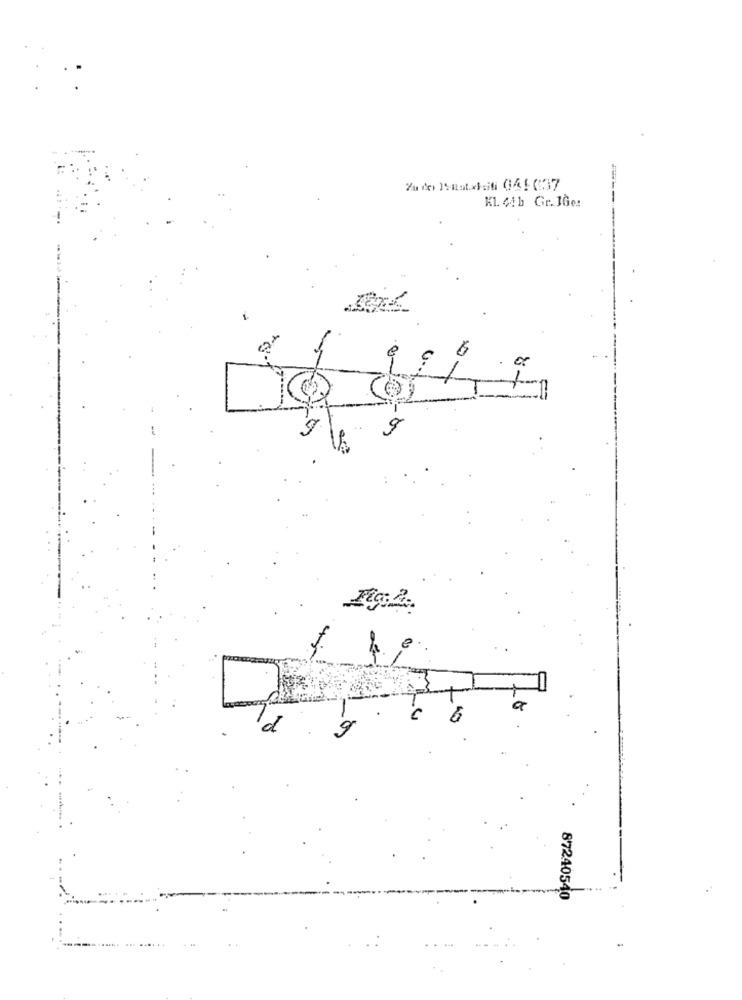
K1. 44 b Gir. JGe:
9
6
87240540